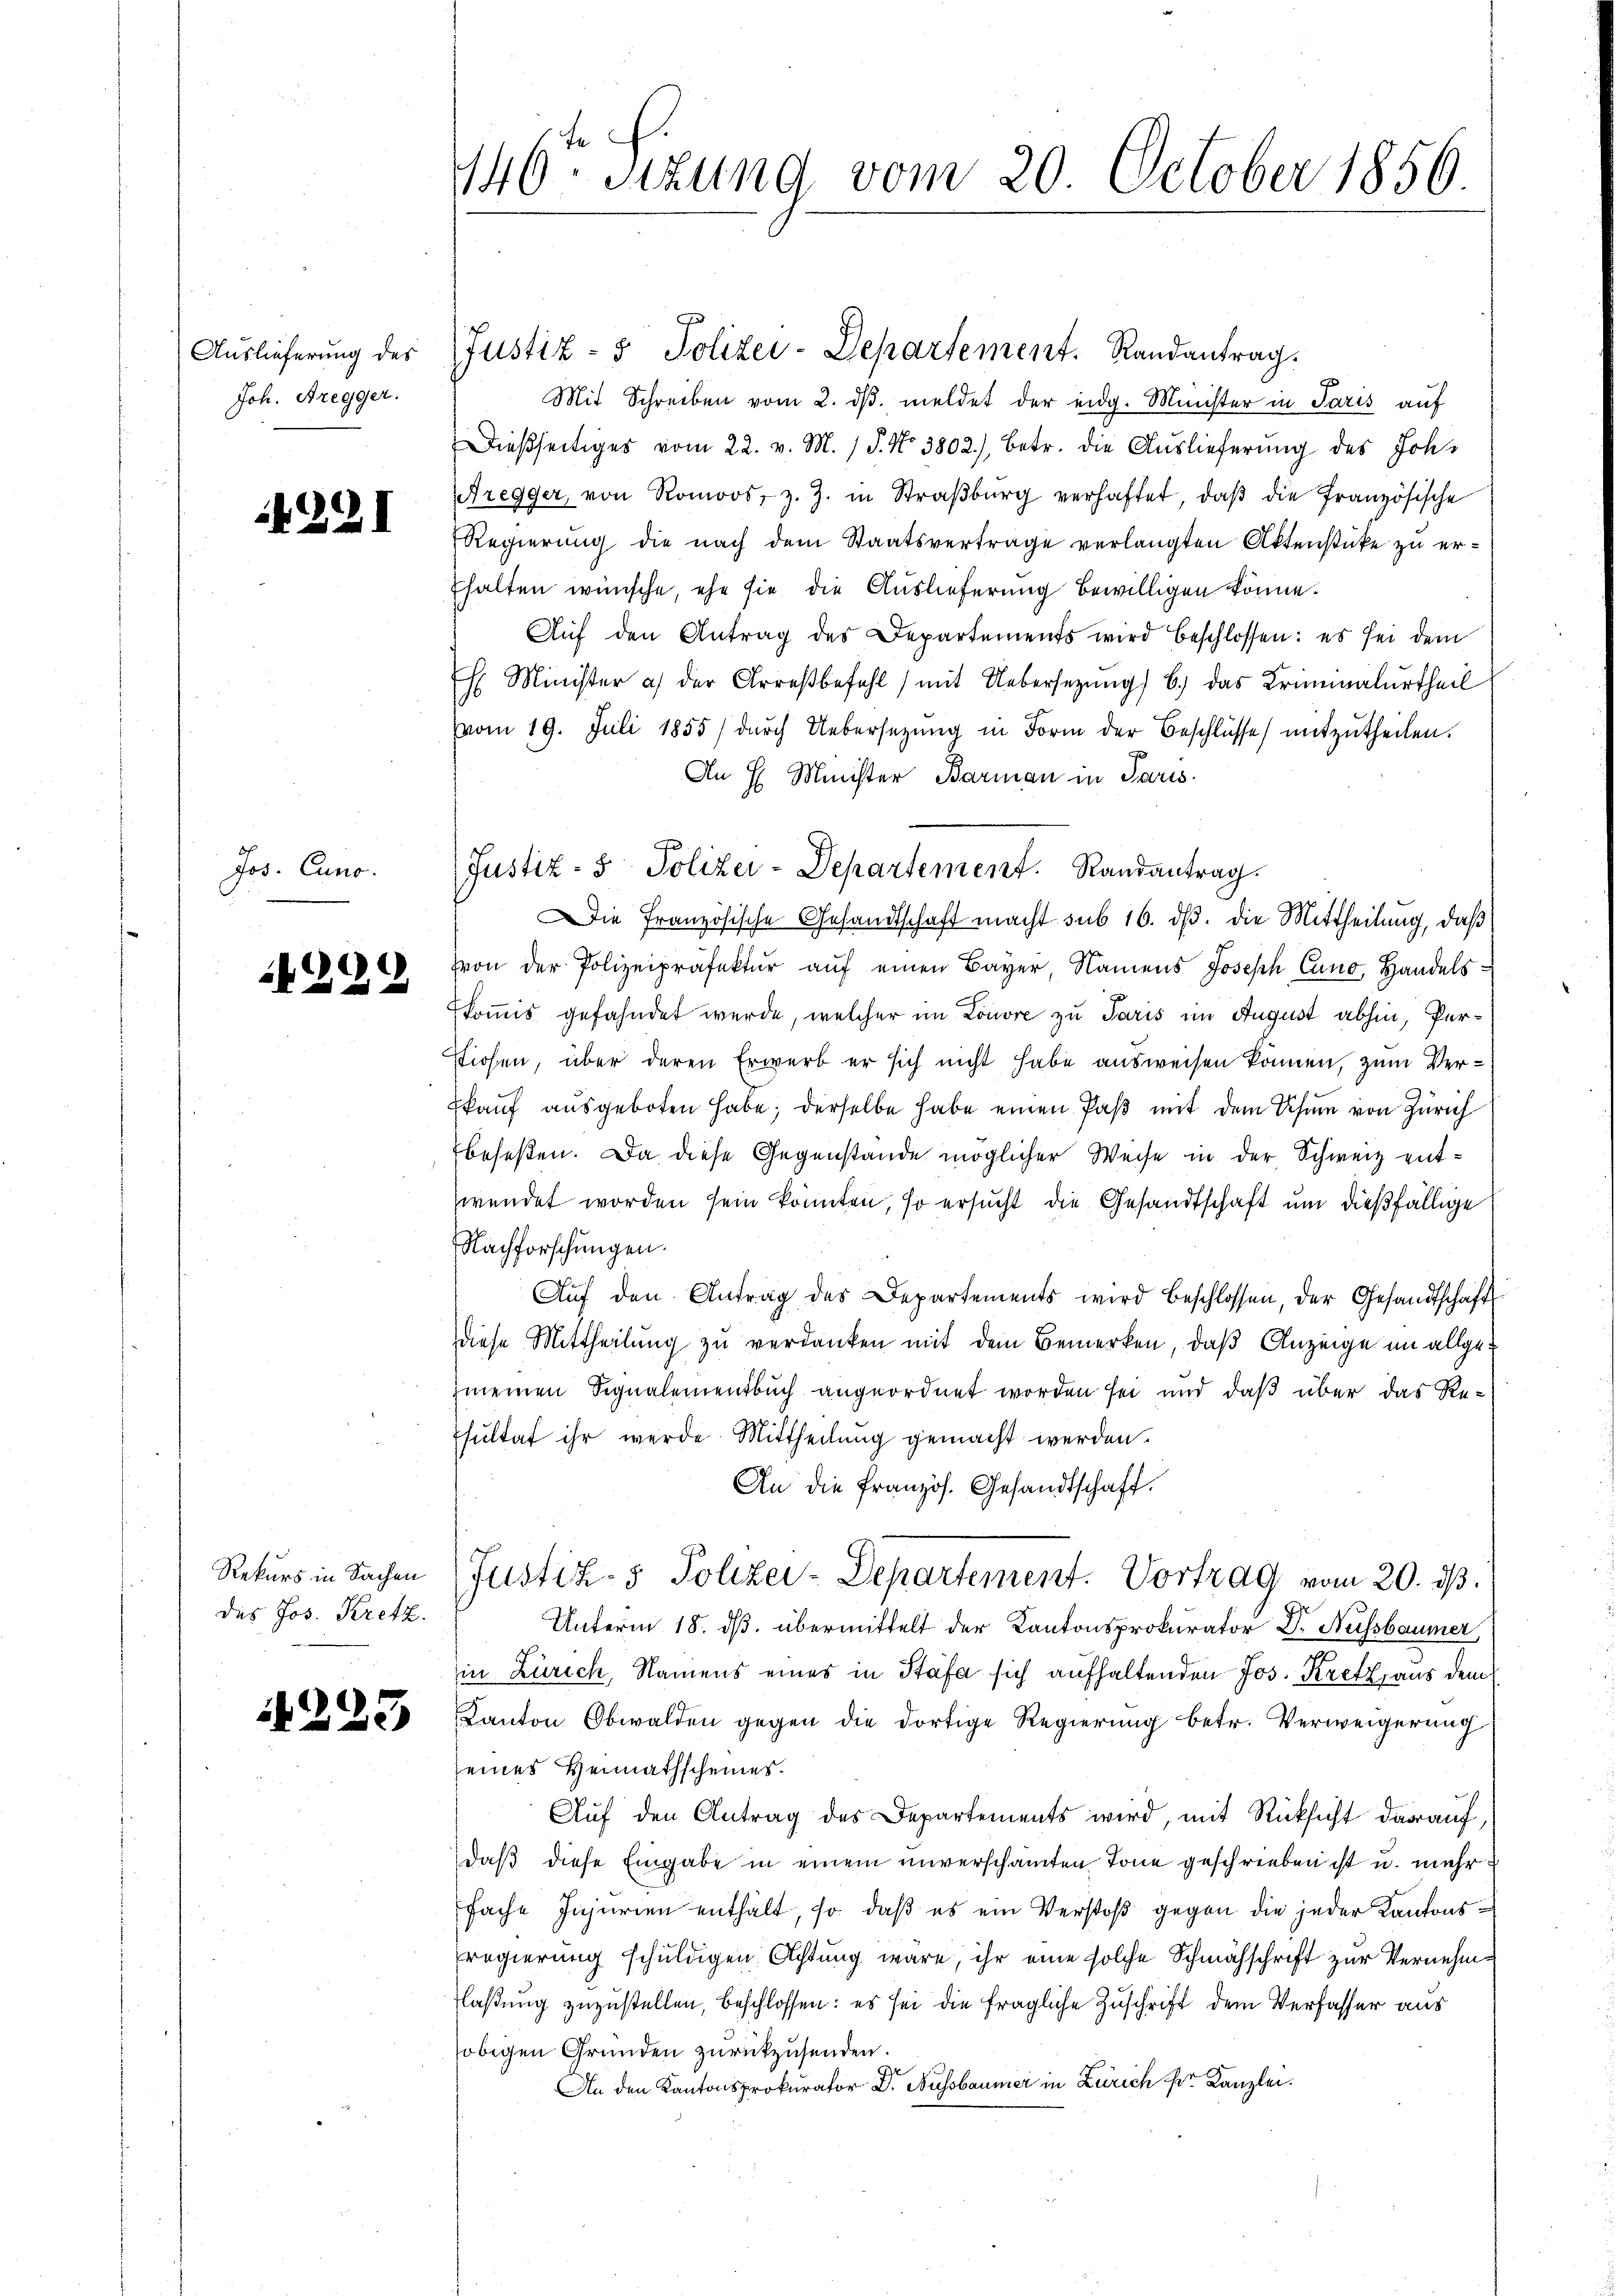
Auslieferung des
Joh. Bregger.

221

Jos. Cuno.

229

Rekurs in Sachen
des Jos. Kretz.

4223

146ten Sizung vom 20. October 1856

Mit Schreiben vom 2. dβ. meldet der eidg. Minister in Paris auf
Dießseitiges vom 22. v. M. 1 S. No 3802), betr. die Auslieferung des Joh.
Aregger, von Romoos, z. Z. in Straβbŭrg verhaftet, daβ die Französische
Regierŭng die nach dem Staatsvertrage verlangten Aktenstücke zu er-
fhalten wünsche, ehe sie die Auslieferung bewilligen könne.
Aŭf den Antrag des Departements wird beschlossen: es sei dem
 Minister a) der Arreβbefehl mit Uebersetzŭng b.) das Kriminalurtheil
vvom 19. Juli 1855/ dŭrch Uebersetzŭng in Form der Beschlüsse mitzŭtheilen.
An H Minister Barman in Paris
Ekonis gefahndet werde, welcher im Louvre zu Paris im August abhin, Perstichen, über deren Erwerb er sich nicht habe ausweisen können, zum Ver¬
Ekaŭf aŭsgeboten habe; derselbe habe einen Paβ mit dem Uhr von Zürich
beseßen. Da diese Gegenstände möglicher Weise in der Schweiz entwendet worden sein könnten, so ersucht die Gesandtschaft um dießfällige
Nachforschungen.
Aŭf den Antrag des Departements wird beschlossen, der Gesandtschaft
diese Mittheilung zu verdanken mit dem Bemerken, daß Anzeige im allgemeinen Signalementbuch angeordnet worden sei und daß über das Re-
sultat ihr werde Mittheilung gemacht werden.
An die französ. Gesandtschaft.
Justiz- & Polizei-Departement. Vortrag vom 20. ds.
Unterm 18. ds. übermittelt der Kantonsprokurator Dr. Aussbaumer
in Zürich, Namens eines in Stäfa sich aufhaltenden Jos. Kretzhaus dem
Kanton Obwalden gegen die dortige Regierung betr. Verweigerung
eines Heimathscheines.
Auf den Antrag des Departements wird, mit Rücksicht darauf,
daß diese Eingabe in einem unverschamten Tone geschrieben ist u. mehr
fache Injurien enthält, so daß es ein Verstoß gegen die jeder Kantonsregierung schuldigen. Achtung wäre, ihr eine solche Schmähschrift zur Vernehmlaßung zuzustellen, beschlossen: es sei die fragliche Zuschrift dem Verfasser aus
obigen Gründen zurückzusenden.
An den Kantonsprokurator Dr. Aussbaumer in Zürich sr. Kanzlei.

Justiz- & Polizei-Departement. Randantrag.
Die Französische Gesandtschaft macht sub 16. ds. die Mittheilung, daß
von der Polizeipräfektŭr aŭf einen Bayer, Namens Joseph Cano, Handels:

Justiz- & Polizei-Departement. Randantrag.